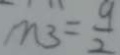
m _ { 3 } = \frac { 9 } { 2 }